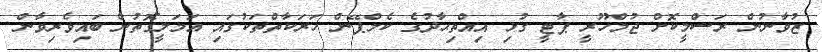
ޒުވާނުން ރަސްމީކޮށް ޖުމްހޫރީ ޕާޓީ ގުޅި އިއްތިޙާދުގެ ކެމްޕޭން ހަރަކާތްތަކުގައި އަމަލީގޮތުން ބައިވެރިވާން